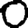
Digit: 0